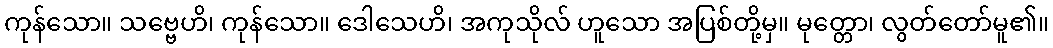
ကုန်သော။ သဗ္ဗေဟိ၊ ကုန်သော။ ဒေါသေဟိ၊ အကုသိုလ် ဟူသော အပြစ်တို့မှ။ မုတ္တော၊ လွတ်တော်မူ၏။